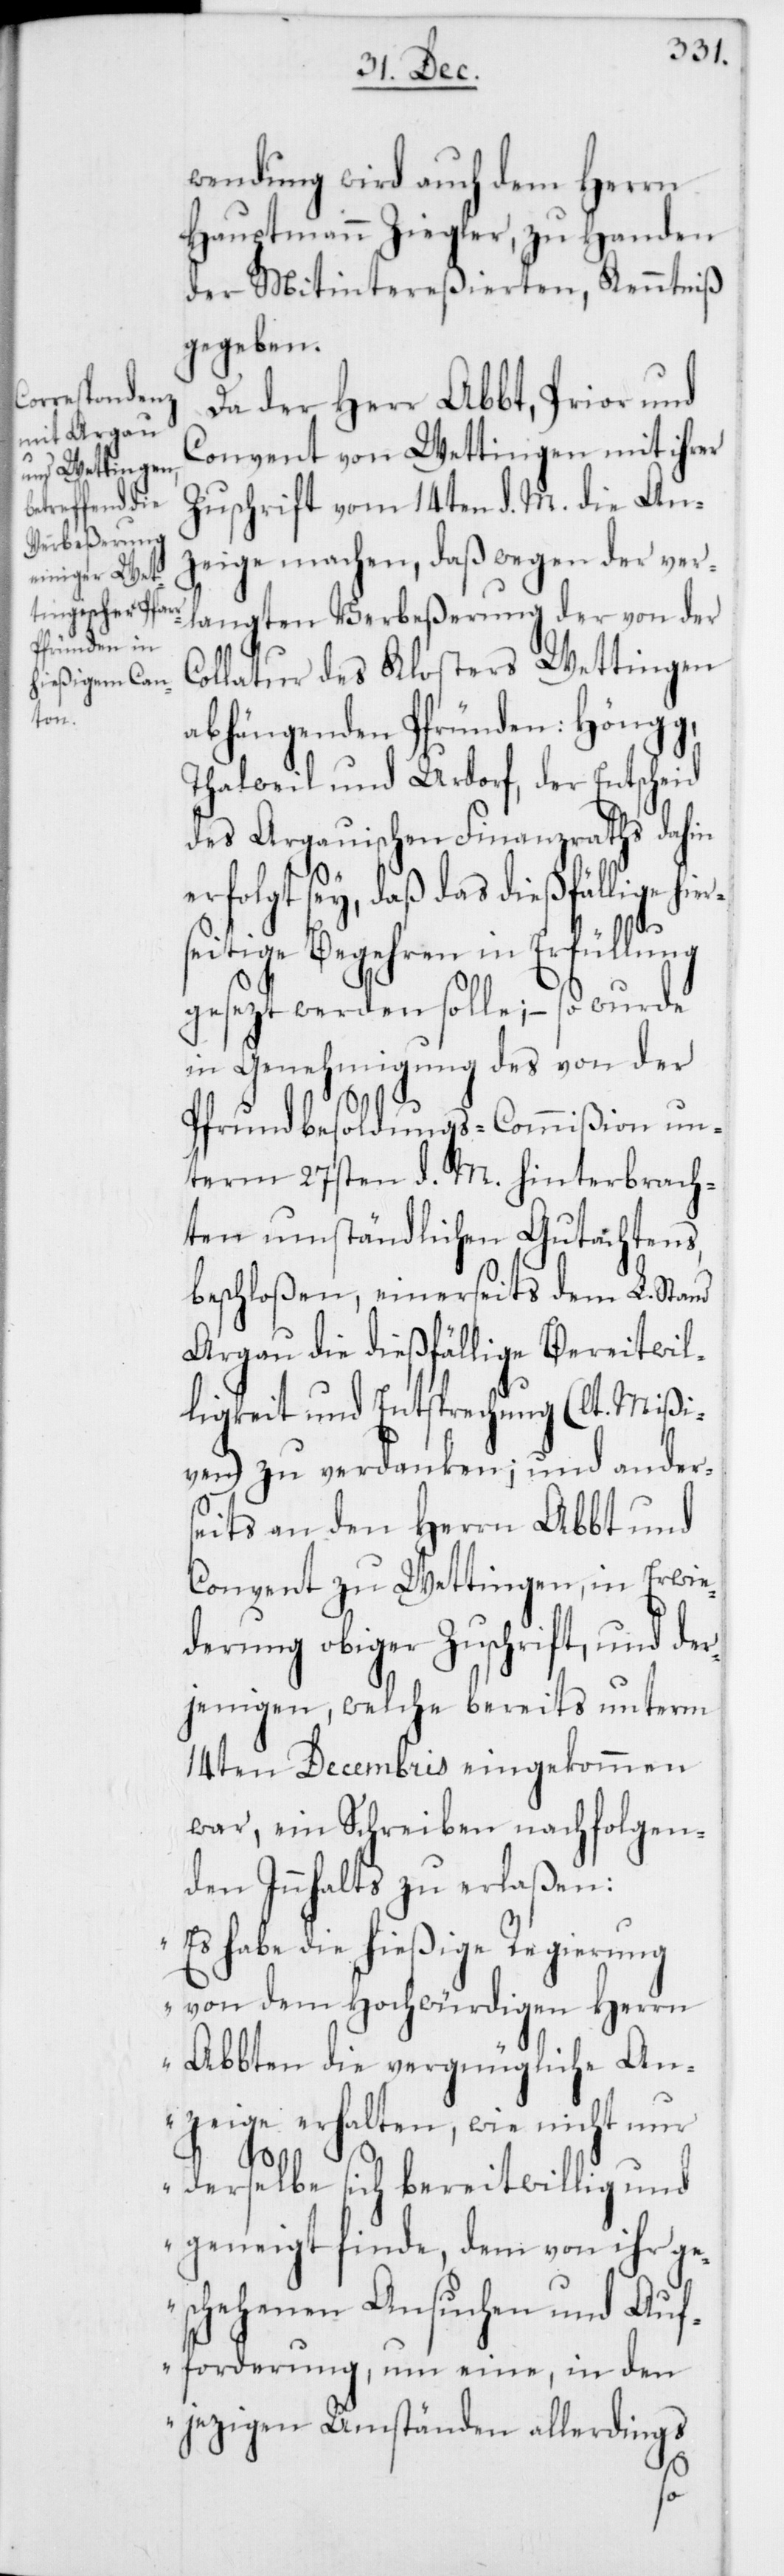
wendung wird auch dem Herrn
Hauptmann Ziegler, zu Handen
der Mitintereßierten, Kenntniß
gegeben.
Da der Herr Abbt, Prior und
Convent von Wettingen mit ihrer
Zuschrift vom 14ten d. M. die An¬
zeige machen, daß wegen der ver¬
langten Verbeßerung der von der
Collatur des Klosters Wettingen
abhängenden Pfründen: Höngg,
Thalweil und Urdorf, der Entscheid
des Argauischen Finanzraths dahin
erfolgt sey, daß das dießfällige hie¬
seitige Begehren in Erfüllung
gesezt werden solle; – so wurde
in Genehmigung des von der
Pfrundbesoldungs-Commißion un¬
term 27sten d. M. hinterbrach¬
ten umständlichen Gutachtens,
beschloßen, einerseits dem L. Stand
Argau die dießfällige Bereitwil¬
ligkeit und Entsprechung (lt. Mißi¬
ven) zu verdanken; und ander¬
seits an den Herrn Abbt und
Convent zu Wettingen, in Erwie¬
derung obiger Zuschrift, und der¬
jenigen, welche bereits unterm
14ten Decembris eingekommen
war, ein Schreiben nachfolgen¬
den Innhalts zu erlaßen:
„Es habe die hießige Regierung
von dem Hochwürdigen Herrn
Abbten die vergnügliche An¬
zeige erhalten, wie nicht nur
r¬
derselbe sich bereitwillig und
geneigt finde, dem von ihr ge¬
schehenen Ansuchen und Auf¬
forderung, um eine, in den
jezigen Umständen allerdings